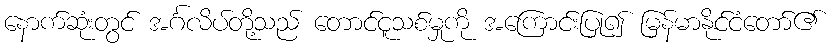
နောက်ဆုံးတွင် အင်္ဂလိပ်တို့သည် တောင်ငူသစ်မှုကို အကြောင်းပြု၍ မြန်မာနိုင်ငံတော်၏